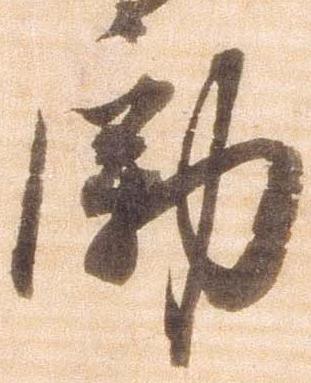
励